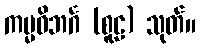
ကမ္မဝိဘင်္ဂ (စူဠ) သုတ်။